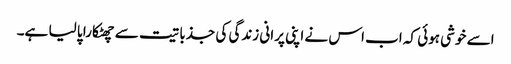
اسے خوشی ہوئی کہ اب اس نے اپنی پرانی زندگی کی جذباتیت سے چھٹکارا پا لیا ہے۔